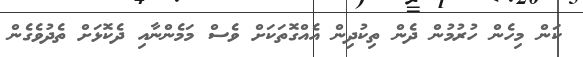
ކަން މިހެން ހުރުމުން ދެން ތިކުދިން އެއްގޮތަކަށް ވެސް މަމެންނާއި ދެކޮޅަށް ތެދުވެގެން